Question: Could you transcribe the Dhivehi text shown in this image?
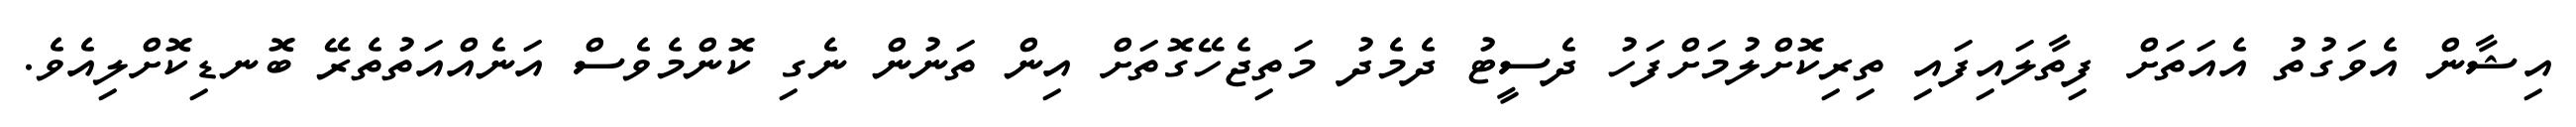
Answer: އިޝާން އެވަގުތު އެއަތަށް ފިތާލައިފައި ތިރިކޮށްލުމަށްފަހު ދެސީޓު ދެމެދު މަތިޖެހޭގޮތަށް އިން ތަނުން ނެގި ކޮންމެވެސް އަނެއްއަތުތެރޭ ބޮނޑިކޮށްލިއެވެ.